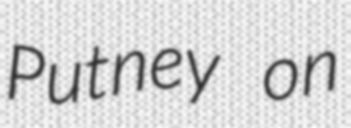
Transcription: Putney on